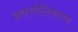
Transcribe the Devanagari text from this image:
अकार्बनिकरण